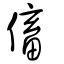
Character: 傗